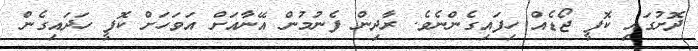
ދޮށުގައި ކޮފީ ޖޯޑެއް ހިފައިގެންނެވެ. ރާދިން ފެނުމުން އޭނާއަށް އަވަހަށް ކޮފީ ހަދައިގެން